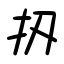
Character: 扨